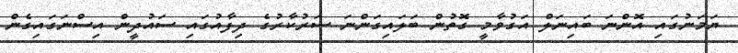
ޔަމަނުގައި އޮންނަ ބައިނަލް އަގުވާމީ ގޮތުން ބަލައިގަންނަ ސަރުކާރުގެ ދިފާއުގައި ސައުދީން އިސްނަގައިގެން